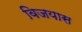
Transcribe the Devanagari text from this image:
विजयास